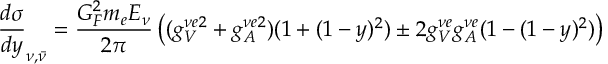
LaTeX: { \frac { d { \sigma } } { d y } } _ { \nu , { \bar { \nu } } } = { \frac { G _ { F } ^ { 2 } m _ { e } E _ { \nu } } { 2 \pi } } \left( ( g _ { V } ^ { \nu e 2 } + g _ { A } ^ { \nu e 2 } ) ( 1 + ( 1 - y ) ^ { 2 } ) \pm { 2 g _ { V } ^ { \nu e } g _ { A } ^ { \nu e } ( 1 - ( 1 - y ) ^ { 2 } ) } \right)